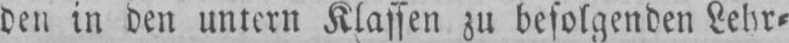
den in den untern Klassen zu befolgenden Lehr⸗